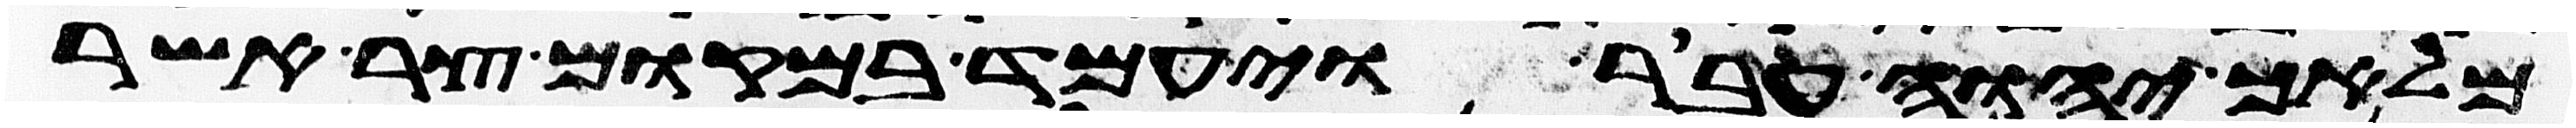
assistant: מלאך יהוה עבר ויעמד במקום צר אשר